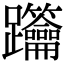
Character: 𨈋